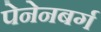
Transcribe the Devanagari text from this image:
पेनेनबर्ग